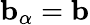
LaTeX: \mathbf{b}_{\alpha}=\mathbf{b}